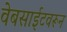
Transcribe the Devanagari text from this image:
वेबसाईटवरून